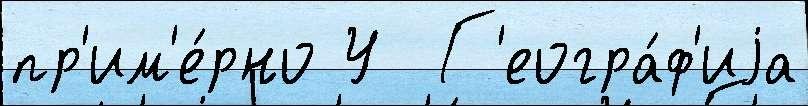
пр'им'е́рно У  Г'еогра́ф'иjа